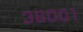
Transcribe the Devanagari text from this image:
३६००१